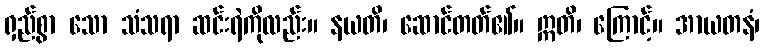
ရှည်စွာ သော သံသရာ ဆင်းရဲကိုလည်း။ နယတိ၊ ဆောင်တတ်၏။ ဣတိ၊ ကြောင့်။ အာယတနံ၊